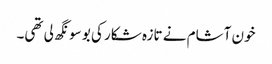
خون آشام نے تازہ شکار کی بو سونگھ لی تھی۔